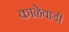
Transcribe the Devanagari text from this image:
काळेवाडी